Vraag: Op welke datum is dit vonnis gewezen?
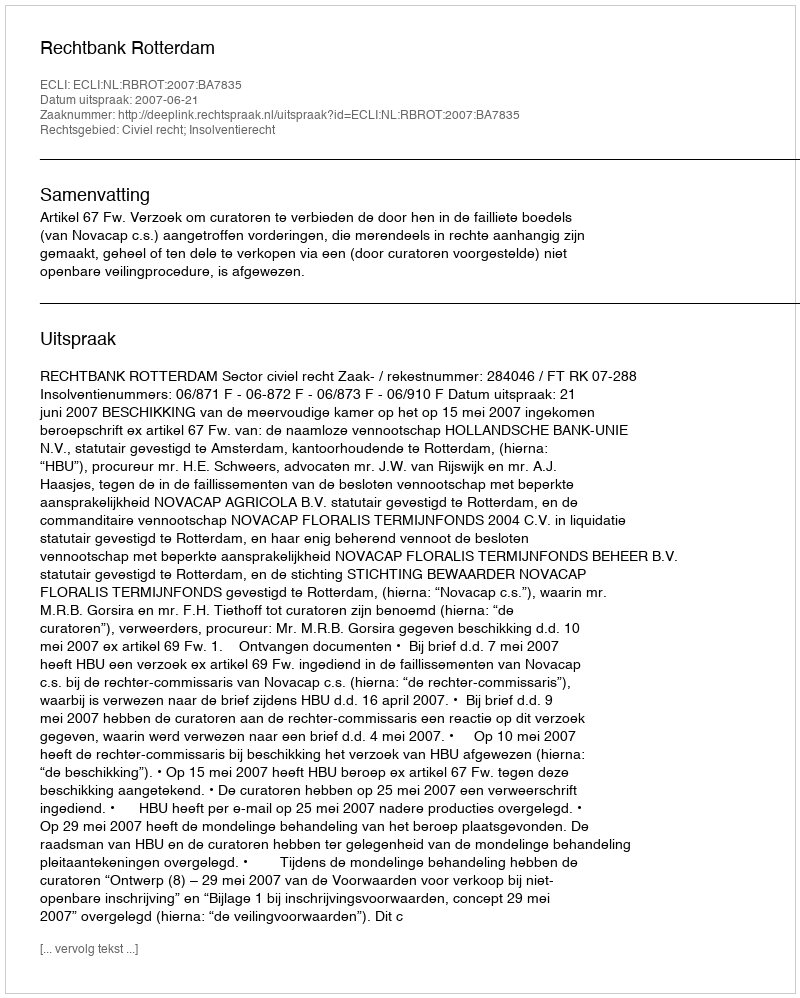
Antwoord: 2007-06-21